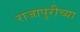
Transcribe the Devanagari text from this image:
राजापुरीच्या